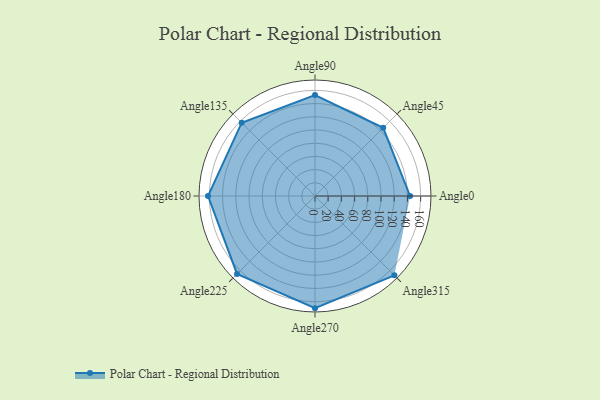
{"axis": {"x": "Angle", "y": "Radius"}, "legend": [""], "data": [{"x": "Angle0", "y": 144.0, "type": ""}, {"x": "Angle45", "y": 146.0, "type": ""}, {"x": "Angle90", "y": 153.0, "type": ""}, {"x": "Angle135", "y": 157.0, "type": ""}, {"x": "Angle180", "y": 162.0, "type": ""}, {"x": "Angle225", "y": 167.0, "type": ""}, {"x": "Angle270", "y": 170, "type": ""}, {"x": "Angle315", "y": 170, "type": ""}]}